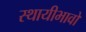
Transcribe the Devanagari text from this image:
स्थायीभावों